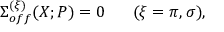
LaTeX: \Sigma _ { o f f } ^ { ( \xi ) } ( X ; P ) = 0 \; \; \; \; \; \; ( \xi = \pi , \sigma ) ,